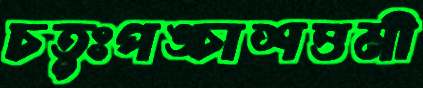
চতুঃপঙ্চাশত্তমী